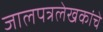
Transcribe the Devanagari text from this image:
जालपत्रलेखकांचे